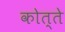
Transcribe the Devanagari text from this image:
कोत्ते